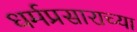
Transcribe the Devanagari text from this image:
धर्मप्रसाराच्या